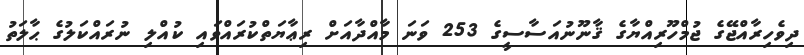
ދިވެހިރާއްޖޭގެ ޖުމްހޫރިއްޔާގެ ޤާނޫނުއަސާސީގެ 253 ވަނަ މާއްދާއަށް ރިޢާޔަތްކުރައްވައި ކުއްލި ނުރައްކަލުގެ ޙާލަތު